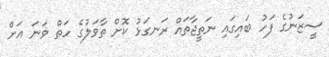
ސީޒަނުގެ ފަހު ބައިގައި ނަތީޖާތައް ރަނގަޅު ކޮށް ތާވަލުގެ ހަތް ވަނަ އަށް